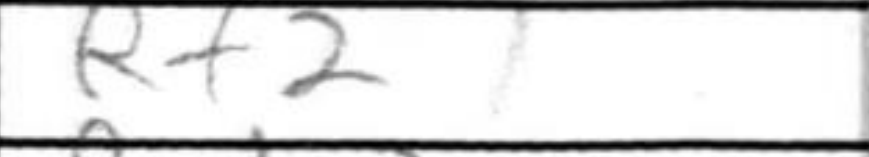
Transcription: Rf2